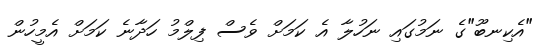
"އެކިނބޫ"ގެ ނަމުގައި ނަހުލާ އެ ކަމަށް ވެސް ފިލްމު ހަދާނެ ކަމަށް އެމީހުން